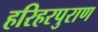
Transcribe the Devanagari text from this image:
हरिहरपुराण